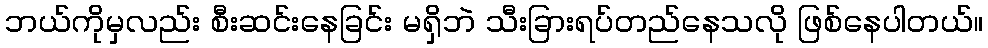
ဘယ်ကိုမှလည်း စီးဆင်းနေခြင်း မရှိဘဲ သီးခြားရပ်တည်နေသလို ဖြစ်နေပါတယ်။